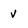
Character: v